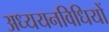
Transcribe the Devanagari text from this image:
अध्ययनविधियों